Leaving Certificate Examination, 1905
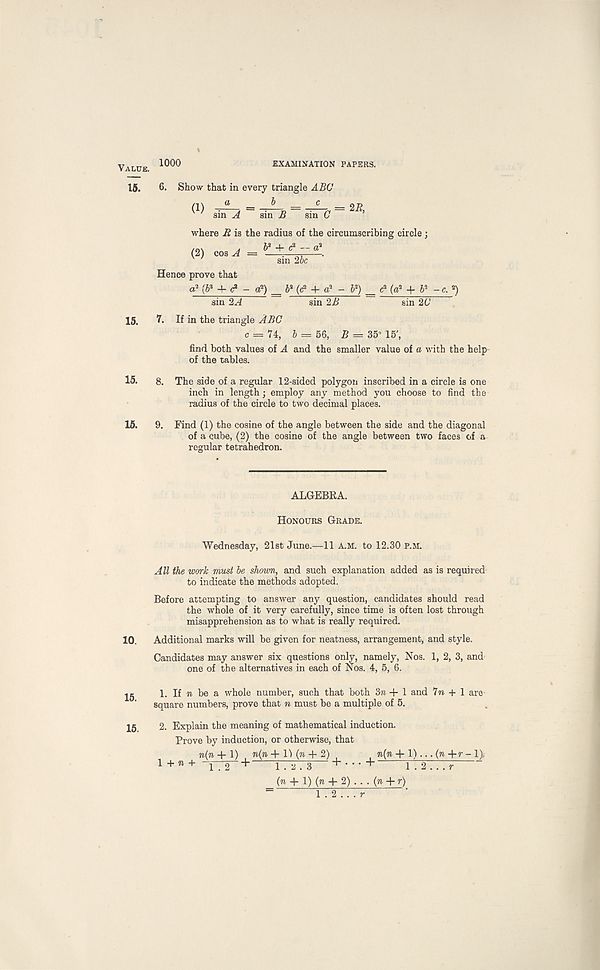
Value. 1000
EXAMINATION PAPERS.
15. 6. Show that in every triangle ABC
b
where R is the radius of the circumscribing circle ;
(2) ma A = y + ^<
Hence prove that
a 3 (6 a -f c 2 - a 2 ) _ 6* (<? - • V) = c 3 (a 3 + V -c. *)
15. 7. If in the triangle ABC
c = 74, 5 = 56, £ = 35° 15' ,
find both values of A and the smaller value of a with the help
of the tables.
15- 8. The side of a regular 12-sided polygon inscribed in a circle is one
inch in length; employ any method you choose to find the
radius of the circle to two decimal places.
15. 9. Find (1) the cosine of the angle between the side and the diagonal
of a cube, (2) the cosine of the angle between two faces of a
regular tetrahedron.
ALGEBRA.
Honours Grade.
Wednesday, 21st June.—11 A.M. to 12.30 p.m.
10.
15.
All the work must be shown, and such explanation added as is required
to indicate the methods adopted.
Before attempting to answer any question, candidates should read
the whole of it very carefully, since time is often lost through
misapprehension as to what is really required.
Additional marks will be given for neatness, arrangement, and style.
Candidates may answer six questions only, namely, Nos. 1, 2, 3, and
one of the alternatives in each of Nos. 4, 5, 6.
.
1. If 7i be a whole number, such that both Sti + 1 and 7ti + 1 are
square numbers, prove that n must be a multiple of 5.
2. 5 2. Explain the meaning of mathematical induction.
Prove by induction, or otherwise, that
n(n + 1) n(7i + H ( w + 2 ) .
, to(ti + 1) ... (ti +7-- 1>
!+«+ l -2~+ 1.2,3 +•••+
1.2...7-
(71 + 1) (71 + 2) . . . (71 + 7-)
1 . 2 . . . r